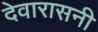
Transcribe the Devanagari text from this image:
देवारासनी